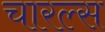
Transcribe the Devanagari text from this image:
चारल्स